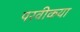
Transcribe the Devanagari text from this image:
परवीकया